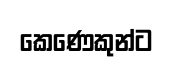
කෙණෙකුන්ට